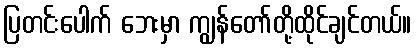
ပြတင်းပေါက် ဘေးမှာ ကျွန်တော်တို့ထိုင်ချင်တယ်။